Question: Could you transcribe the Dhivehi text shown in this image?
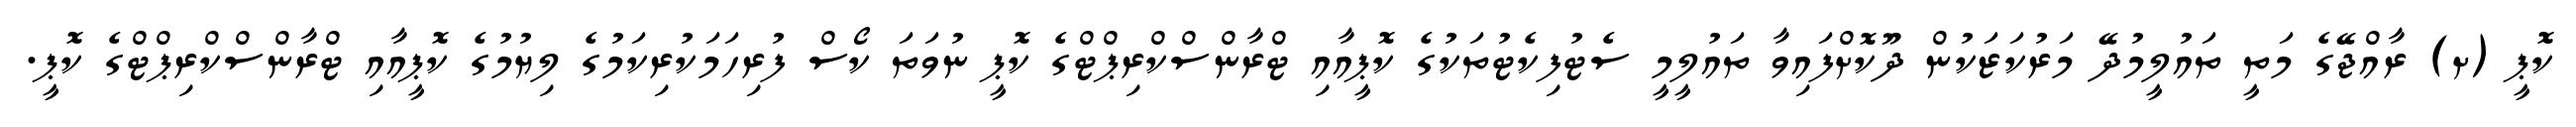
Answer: ކޮޕީ (ށ) ރާއްޖޭގެ މަތީ ތައުލީމުދޭ މަރުކަޒަކުން ދޫކޮށްފައިވާ ތައުލީމީ ސެޓުފިކެޓުތަކުގެ ކޮޕީއާއި ޓްރާންސްކްރިޕްޓްގެ ކޮޕީ ނުވަތަ ކޯސް ފުރިހަމަކުރިކަމުގެ ލިޔުމުގެ ކޮޕީއާއި ޓްރާންސްކްރިޕްޓްގެ ކޮޕީ.